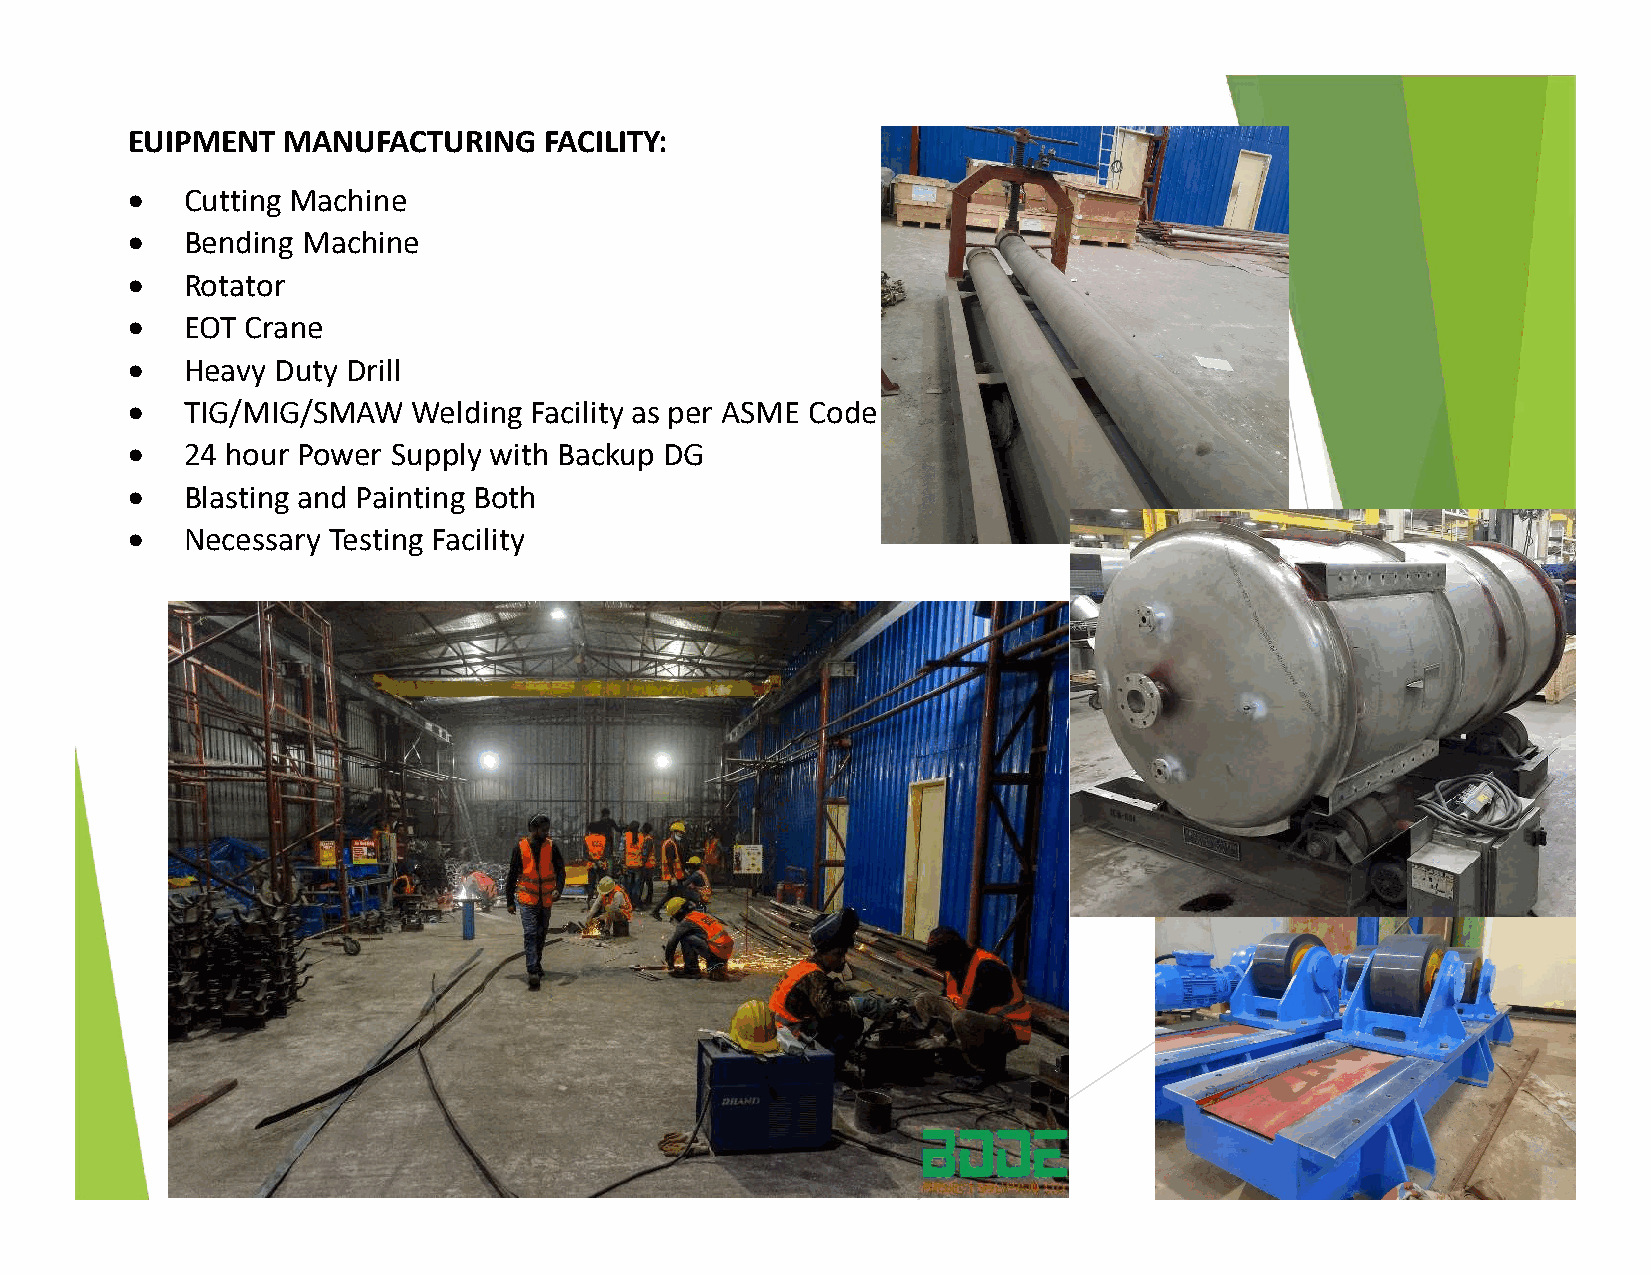
EUIPMENT   MANUFACTURING    FACILITY:
    Cutting Machine
    Bending Machine
    Rotator
    EOT Crane
    Heavy Duty Drill
    TIG/MIG/SMAW   Welding Facility as per ASME Code
    24 hour Power Supply with Backup DG
    Blasting and Painting Both
    Necessary Testing Facility
 Page 6